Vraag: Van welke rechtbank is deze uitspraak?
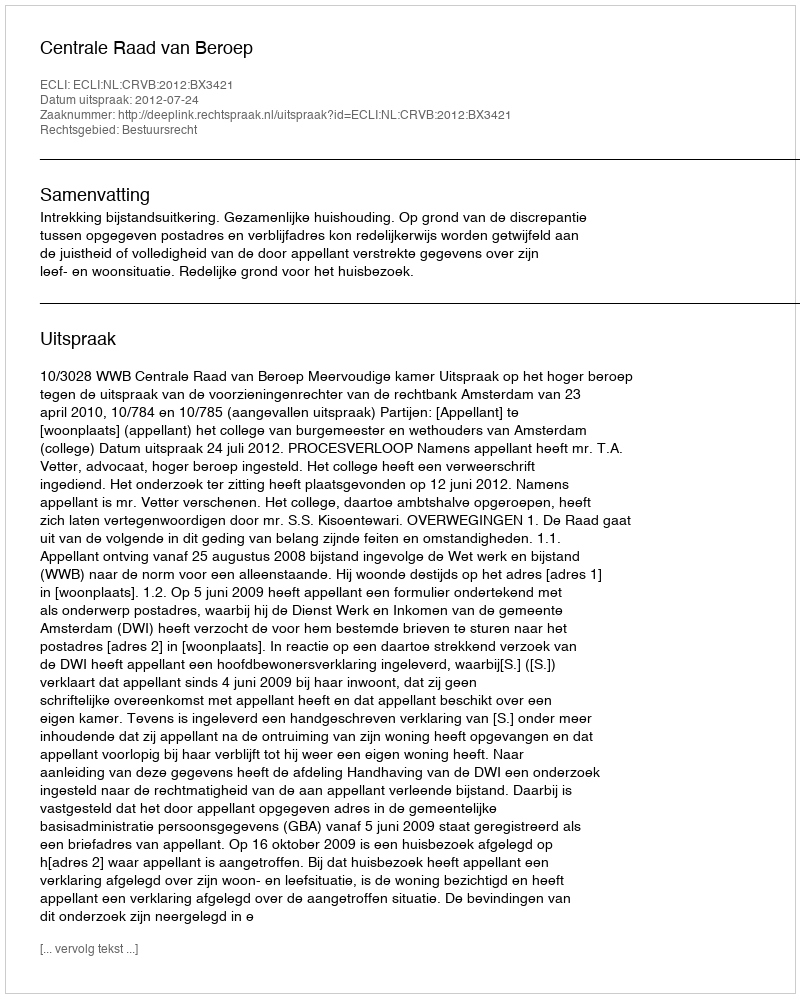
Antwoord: Centrale Raad van Beroep